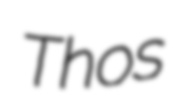
Thos